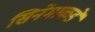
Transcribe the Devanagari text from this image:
सिनेमाकडे